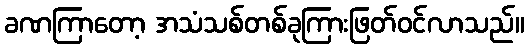
ခဏကြာတော့ အသံသစ်တစ်ခုကြားဖြတ်ဝင်လာသည်။